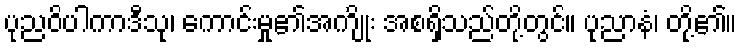
ပုညဝိပါကာဒီသု၊ ကောင်းမှု၏အကျိုး အစရှိသည်တို့တွင်။ ပုညာနံ၊ တို့၏။